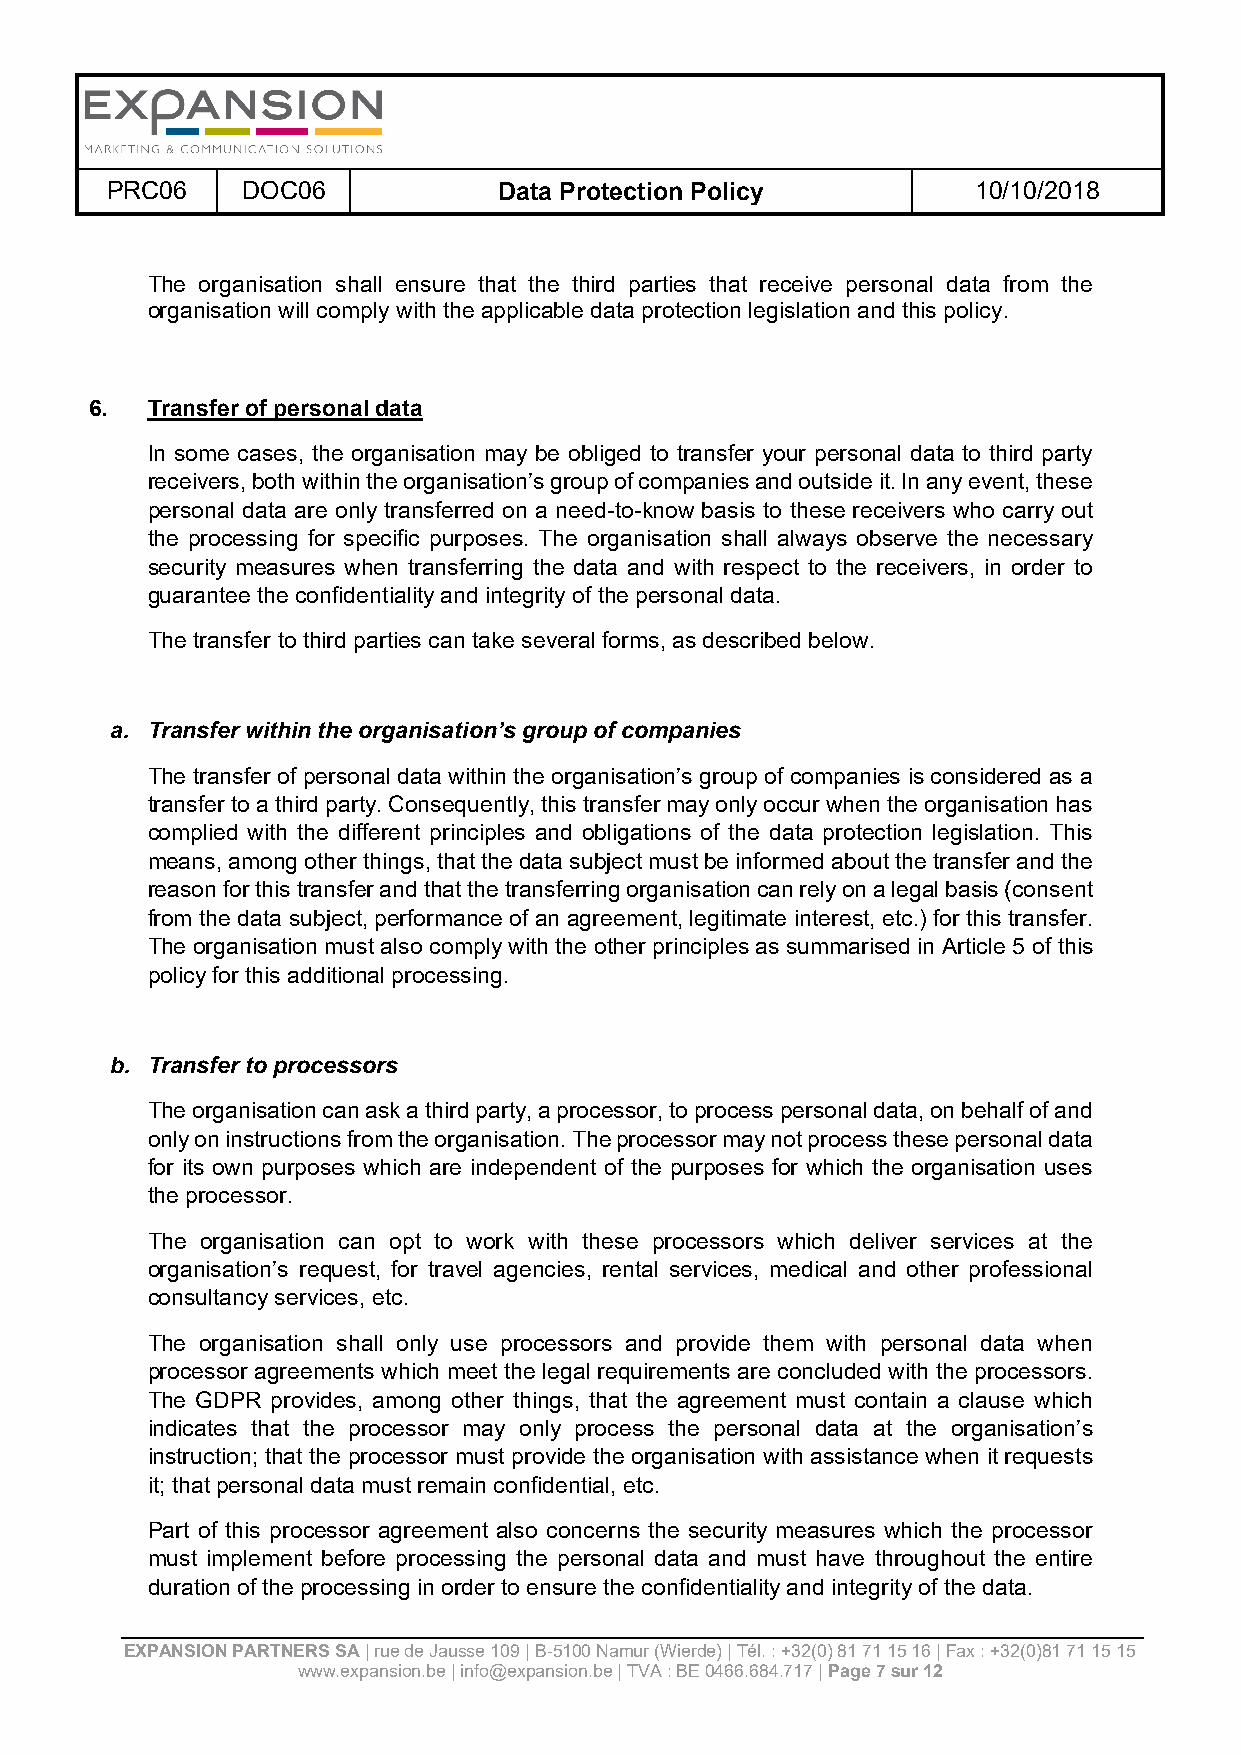
PRC06    DOC06            Data Protection Policy         10/10/2018
 The organisation shall ensure that the third parties that receive personal data from the
 organisation will comply with the applicable data protection legislation and this policy.
 6.  Transfer of personal data
 In some cases, the organisation may be obliged to transfer your personal data to third party
 receivers, both within the organisation’s group of companies and outside it. In any event, these
 personal data are only transferred on a need-to-know basis to these receivers who carry out
 the processing for specific purposes. The organisation shall always observe the necessary
 security measures when transferring the data and with respect to the receivers, in order to
 guarantee the confidentiality and integrity of the personal data.
 The transfer to third parties can take several forms, as described below.
 a. Transfer within the organisation’s group of companies
 The transfer of personal data within the organisation’s group of companies is considered as a
 transfer to a third party. Consequently, this transfer may only occur when the organisation has
 complied with the different principles and obligations of the data protection legislation. This
 means, among other things, that the data subject must be informed about the transfer and the
 reason for this transfer and that the transferring organisation can rely on a legal basis (consent
 from the data subject, performance of an agreement, legitimate interest, etc.) for this transfer.
 The organisation must also comply with the other principles as summarised in Article 5 of this
 policy for this additional processing.
 b. Transfer to processors
 The organisation can ask a third party, a processor, to process personal data, on behalf of and
 only on instructions from the organisation. The processor may not process these personal data
 for its own purposes which are independent of the purposes for which the organisation uses
 the processor.
 The organisation can opt to work with these processors which deliver services at the
 organisation’s request, for travel agencies, rental services, medical and other professional
 consultancy services, etc.
 The organisation shall only use processors and provide them with personal data when
 processor agreements which meet the legal requirements are concluded with the processors.
 The GDPR provides, among other things, that the agreement must contain a clause which
 indicates that the processor may only process the personal data at the organisation’s
 instruction; that the processor must provide the organisation with assistance when it requests
 it; that personal data must remain confidential, etc.
 Part of this processor agreement also concerns the security measures which the processor
 must implement before processing the personal data and must have throughout the entire
 duration of the processing in order to ensure the confidentiality and integrity of the data.
 EXPANSION PARTNERS SA | rue de Jausse 109 | B-5100 Namur (Wierde) | Tél. : +32(0) 81 71 15 16 | Fax : +32(0)81 71 15 15
 www.expansion.be | info@expansion.be | TVA : BE 0466.684.717 | Page 7 sur 12